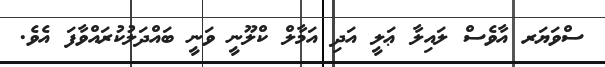
ސްވަޔަރ އާވެސް ލައިލާ ޢަލީ އަދި އަމާލް ކްލޫނީ ވަނީ ބައްދަލުކުރައްވާފަ އެވެ.